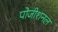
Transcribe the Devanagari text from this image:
पोजीशनल